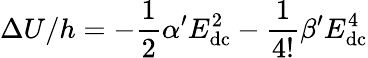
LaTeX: \Delta U/h=-\frac{1}{2}\alpha^{\prime}E_{\mathrm{dc}}^{2}-\frac{1}{4!}\beta^{\prime}E_{\mathrm{dc}}^{4}